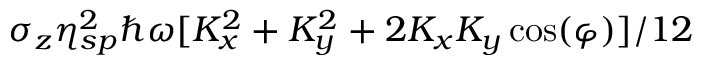
\sigma _ { z } \eta _ { s p } ^ { 2 } \hbar \omega [ K _ { x } ^ { 2 } + K _ { y } ^ { 2 } + 2 K _ { x } K _ { y } \cos ( \varphi ) ] / 1 2